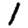
Digit: 1